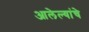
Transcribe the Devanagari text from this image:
आलेल्यांचे